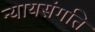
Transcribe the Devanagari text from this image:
न्यायसंगति